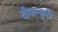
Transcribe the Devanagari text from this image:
दीपान्कुरी